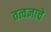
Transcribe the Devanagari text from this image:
तत्वज्ञाचे